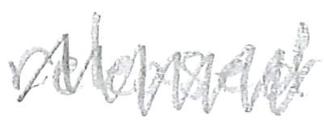
Text: released
Cross-out: zig-zag
Writing tool: pencil